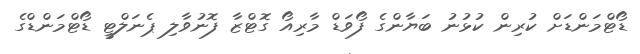
ޑޯޓްމަންޑަށް ކުރިން ކުޅުނު ބަޔާންގެ ފޯވަޑް މާރިއޯ ގޮޓްޒާ ފޮނުވާލި ޕެނަލްޓީ ޑޯޓްމަންޑްގެ